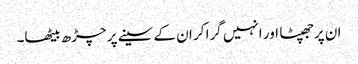
ان پرجھپٹا اور انہیں گرا کر ان کے سینے پر چڑھ بیٹھا۔